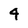
Character: 4